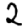
Digit: 2